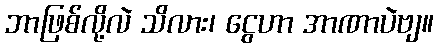
ဘာဖြစ်လို့လဲ သိလား၊ ငွေဟာ အာဏာပဲဗျ။